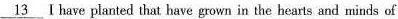
\underline{13} I have planted that have grown in the hearts and minds of